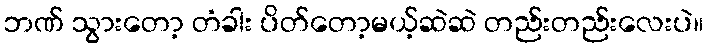
ဘဏ် သွားတော့ တံခါး ပိတ်တော့မယ့်ဆဲဆဲ တည်းတည်းလေးပဲ။